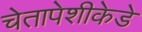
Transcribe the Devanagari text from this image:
चेतापेशीकेडे